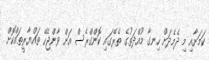
ކަމަށާއި މި ދެމެދަށް ހިނގާ މުއްދަތުގެ ތެރޭގައި ކޮންގްރެސް އަށް ވާންޖެހޭ ތައްޔާރީތައްކޮށް